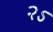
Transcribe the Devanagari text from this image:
२ऽ